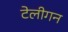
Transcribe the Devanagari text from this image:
टेलीगन